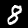
Label: 8